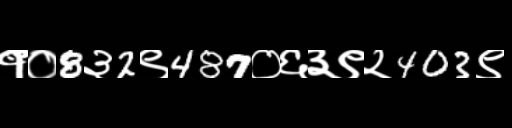
Text: १०8३2९487०६३९२403९